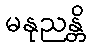
မနုညန္တိ